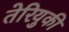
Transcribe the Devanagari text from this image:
तेरियुकी